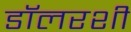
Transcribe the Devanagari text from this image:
डॉलरशी